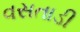
વસતાડી